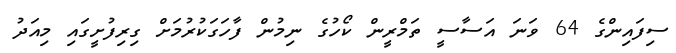
ސިފައިންގެ 64 ވަނަ އަސާސީ ތަމްރީން ކޯހުގެ ނިމުން ފާހަގަކުރުމަށް ގިރިފުށީގައި މިއަދު